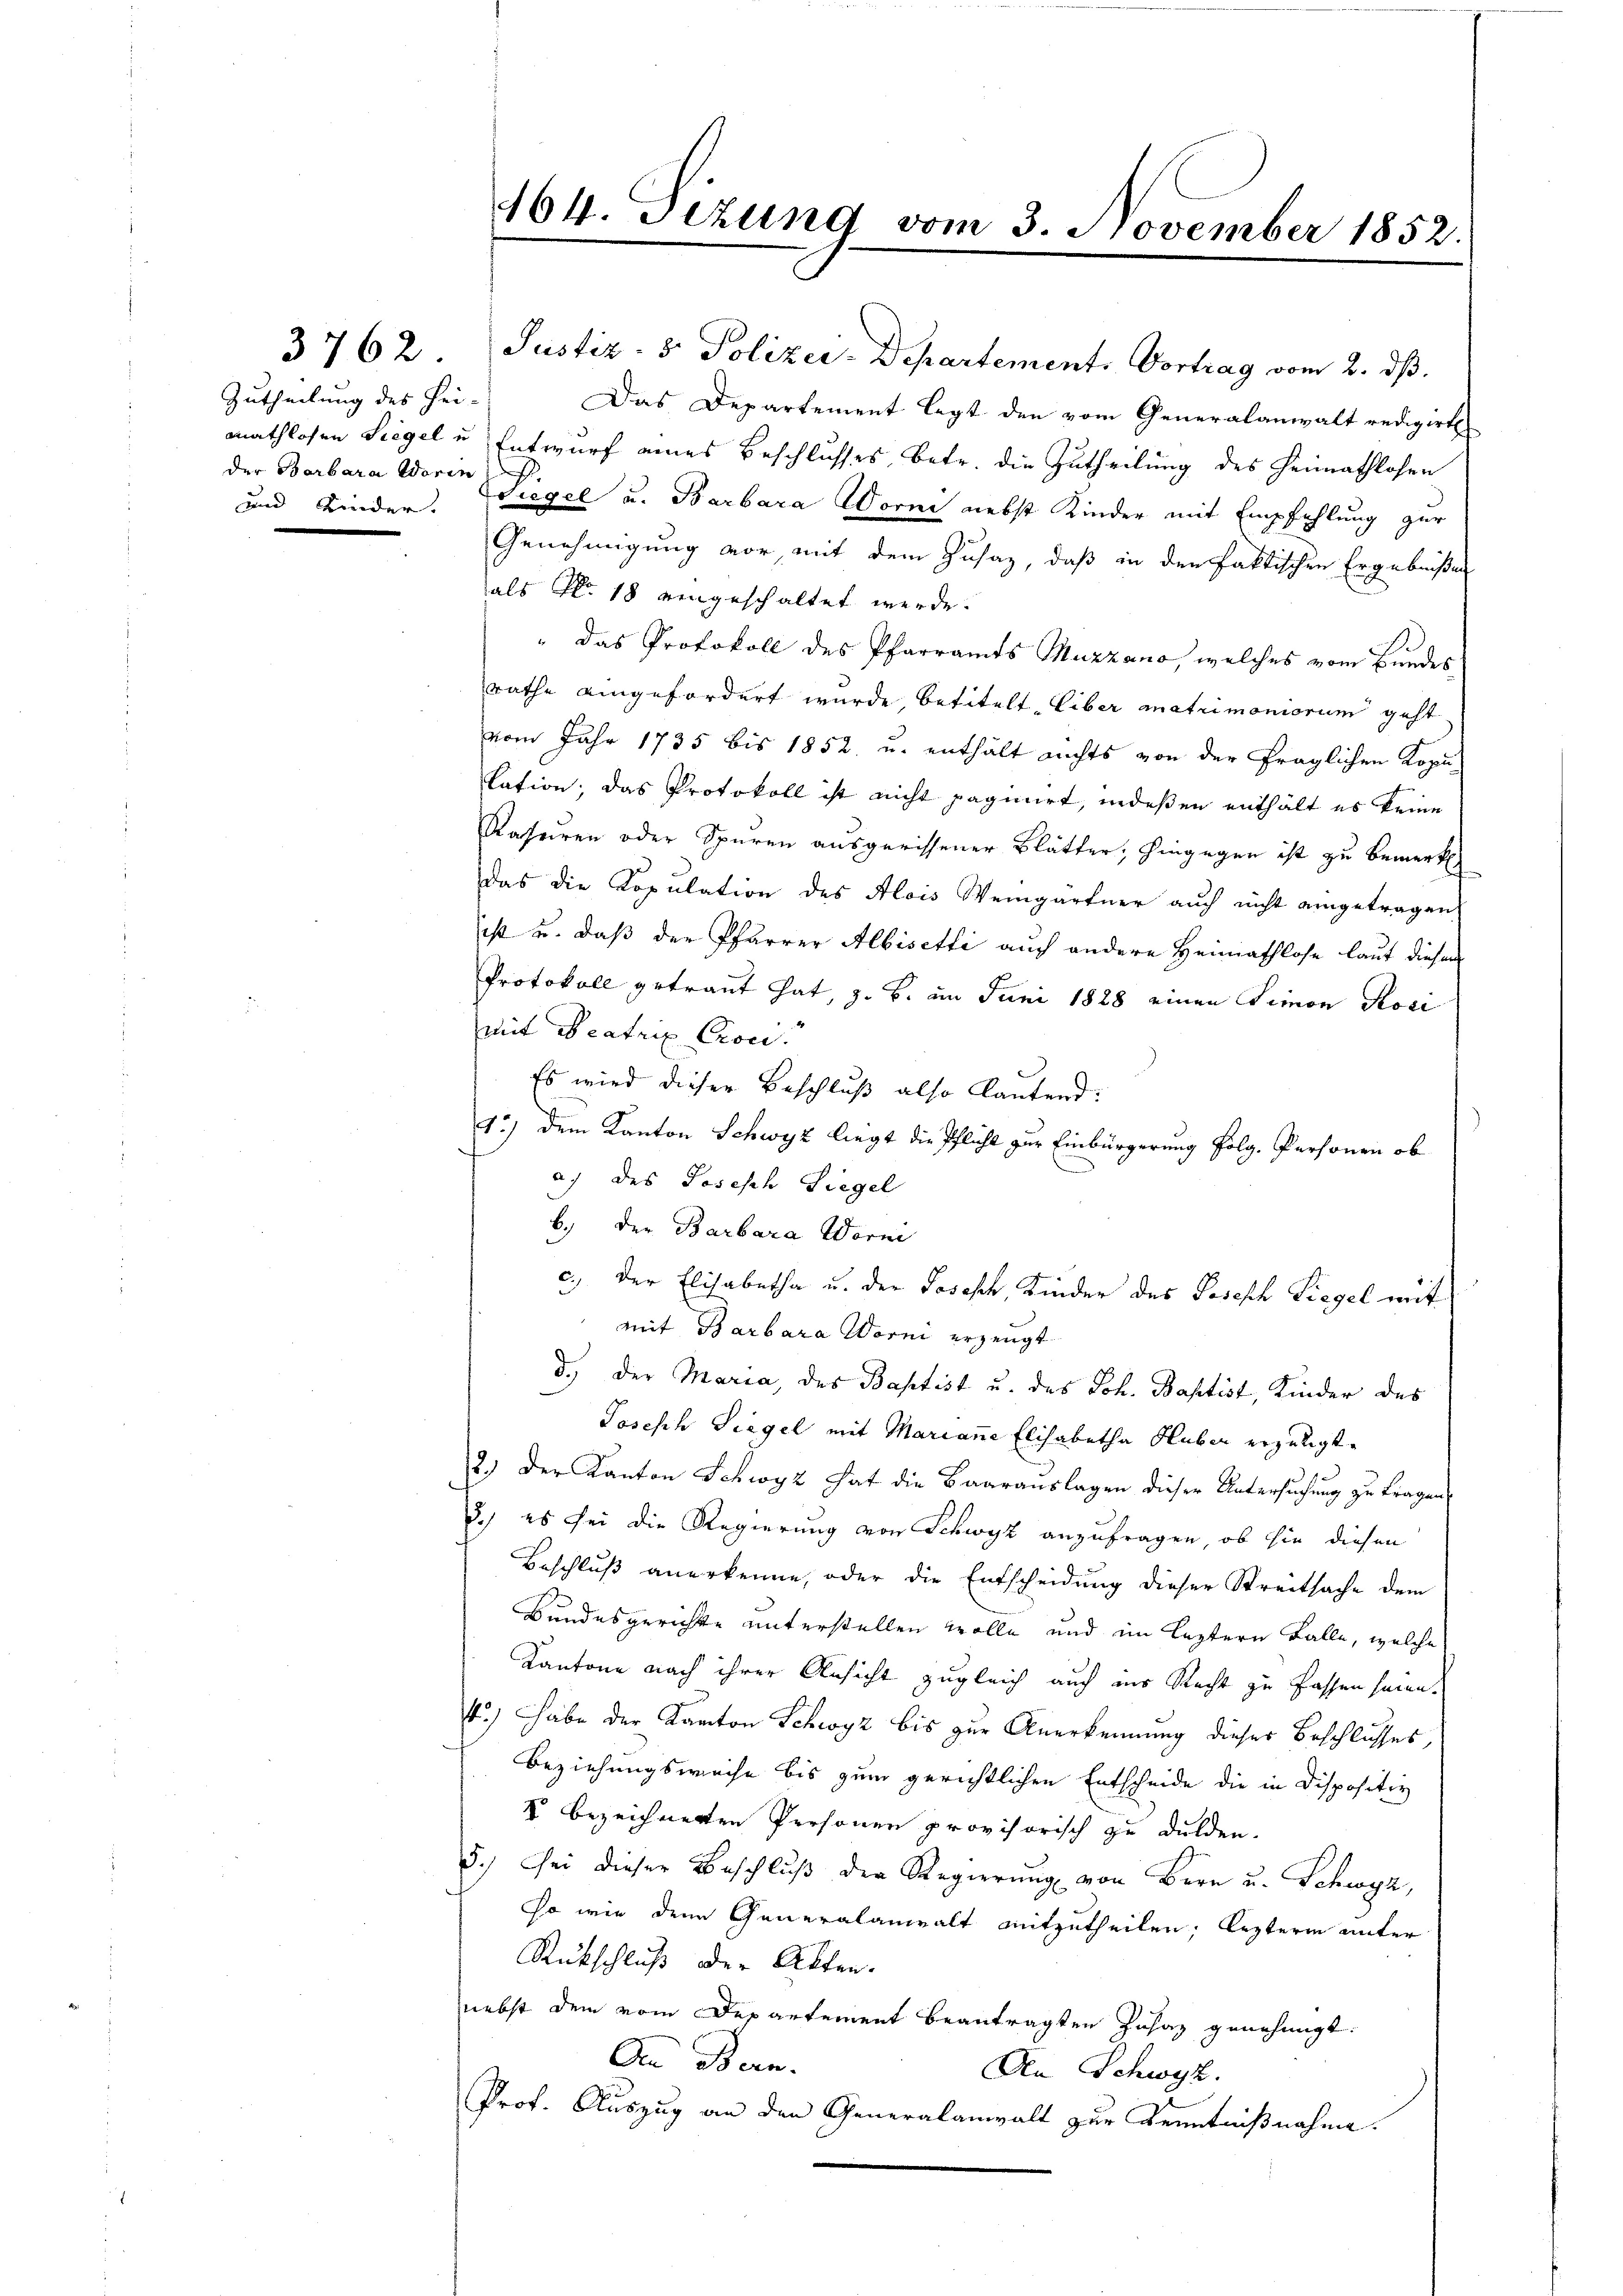
Zutheilung des Hei- |
der Barbara Worin

164. Tizung vom 3. November 1852.

3762. Justiz- & Polizei-Departement. Vortrag vom 2. dß.

Das Departement legt den vom Generalanwalt redigirt
mathlosen Siegel u. Entwurf eines Beschlusses, betr. die Zutheilung des Heimathlosen
und Kinder. Wiegel u. Barbara Worni nebst Kinder mit Empfehlung zur
Genehmigung vor, mit dem Zusaz, daß in den faktischen Ergebnißen
als No. 18 eingeschaltet werde.
" Das Protokoll des Pfarramts Muzzano, welches vom Bundes
rathe eingefordert wurde, betitelt liber matrimoniorum geht
vom Jahr 1735 bis 1852 u. enthält nichts von der fraglichen Kopulation; das Protokoll ist nicht paginirt, indeßen enthält es keine
Rahriren oder Spuren ausgerissener Blätter, hingegen ist zu bemerk
das die Kopulation des Alois Weingärtner auch nicht eingetragen
ist u. daß der Pfarrer Albisetti auch andere Heimathlose laut diesem
Protokoll getraut hat, z. B. im Juni 1828 einen Simon Rosi
mit Beatrix Cron.
Es wird dieser Beschluß also lautend:
4) dem Kanton Schwyz liegt die Pflicht zur Einbürgerung folg. Personen ob
a) des Joseph Siegel
b.) Der Barbara Worni
c.) Der Elisabetha u. der Joseph, Kinder des Joseph Liegel mit
mit Barbara Worni erzeugt
d.) Der Maria, des Baptist u. des Joh. Baptist, Kinder des
Joseph Siegel mit Marianne Elisabetha Huber erzeugt.
2.) Der Kanton Schwyz hat die Baarauslagen dieser Untersuchung zu tragen,
d.) es sei die Regierung von Schwyz anzufragen, ob sie diesen
Beschluß anerkenne, oder die Entscheidung dieser Streitsache dem
Bundesgerichte unterstellen wolle und im leztern Falle, welche
Kantone nach ihrer Ansicht zugleich auch ins Recht zu fassen seien.
4.) Habe der Kanton Schwyz bis zur Anerkennung dieser Beschlusses,
Beziehungsweise bis zum gerichtlichen Entscheide die in Dispositiv
V bezeichnerten Personen provisorisch zu dulden.
5.) Sei dieser Beschlŭβ der Regierŭng von Bern u. Schwyz,
so wie den Generalanwalt mitzutheilen; lezterm unter
Rückschluß der Akten.
nebst dem vom Departement beantragten Zusaz genehmigt.
In Bern.
An Schwyz.
Prof. Auszug an den Generalanwalt zur Kenntnißnahme.